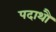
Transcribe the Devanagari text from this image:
पदाथौ